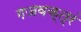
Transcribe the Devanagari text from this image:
गजवक्त्रं